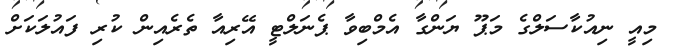
މިއީ ނިއުކާސަލްގެ މަޕޫ ޔަންގާ އެމްބިވާ ޕެނަލްޓީ އޭރިއާ ތެރެއިން ކުރި ފައުލަކަށް